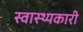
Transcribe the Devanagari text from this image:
स्वास्थ्यकारी